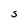
Character: S